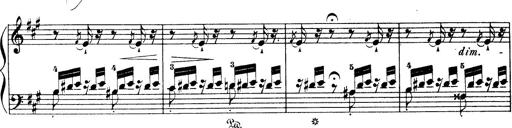
Title: Wagner-Liszt Album
Composer: Franz Liszt